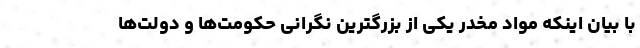
با بیان اینکه مواد مخدر یکی از بزرگترین نگرانی حکومت‌ها و دولت‌ها